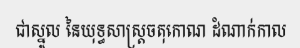
ជាស្នូល នៃយុទ្ធសាស្ត្រចតុកោណ ដំណាក់កាល